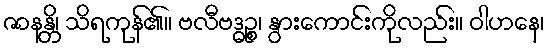
ဇာနန္တိ၊ သိရကုန်၏။ ဗလီဗဒ္ဓဉ္စ၊ နွားကောင်းကိုလည်း။ ဝါဟနေ၊